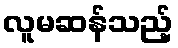
လူမဆန်သည့်